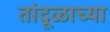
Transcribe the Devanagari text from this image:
तांदूळाच्या